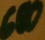
Text: 680